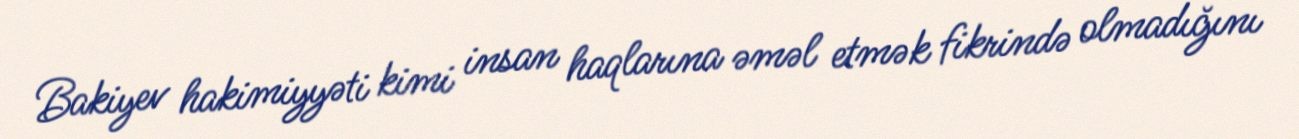
Bakiyev hakimiyyəti kimi insan haqlarına əməl etmək fikrində olmadığını